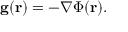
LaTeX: \mathbf { g } ( \mathbf { r } ) = - \nabla \Phi ( \mathbf { r } ) .